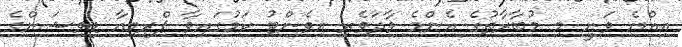
އިއްޔެ ވަނީ މި މުބާރާތުގެ އެންމެ ވާދަވެރި އިވެންޓު ކަމުގައިވާ ޕްރިމިއާ ޑިވިޝަންގެ